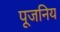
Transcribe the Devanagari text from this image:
पूजनिय